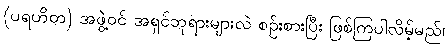
(ပရဟိတ) အဖွဲ့ဝင် အရှင်ဘုရားများလဲ စဉ်းစားပြီး ဖြစ်ကြပါလိမ့်မည်၊